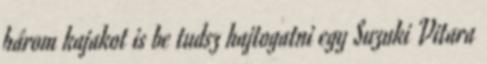
három kajakot is be tudsz hajtogatni egy Suzuki Vitara